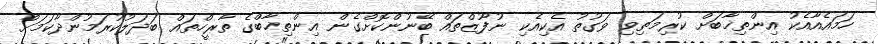
ހަމައެއާއެކު އިންތިޚާބަށް ކުރިމަތިވި ވަގުތު އެކިއެކި ނުފޫޒްތައް ބޭނުންކޮށްގެން އިންތިޚާބްގެ ތާރީހްތައް ބަދަލުކުރަމުންދާކަމަށް